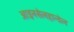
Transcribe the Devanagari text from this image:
आइनसेलहान्डेल